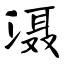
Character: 滠